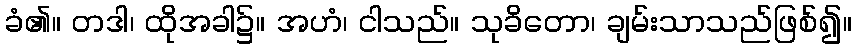
ခံ၏။ တဒါ၊ ထိုအခါ၌။ အဟံ၊ ငါသည်။ သုခိတော၊ ချမ်းသာသည်ဖြစ်၍။